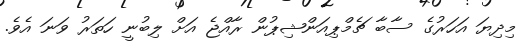
މިދިޔަ އަހަރުގެ ސާބާ ޗެމްޕިއަންޝިޕުން ރާއްޖެ އަށް ލިބުނީ ހަތަރު ވަނަ އެވެ.